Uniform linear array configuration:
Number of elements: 32
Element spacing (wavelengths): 0.5
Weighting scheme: exponential
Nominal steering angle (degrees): -30
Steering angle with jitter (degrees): -30.758
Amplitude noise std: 0.05
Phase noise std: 0.05

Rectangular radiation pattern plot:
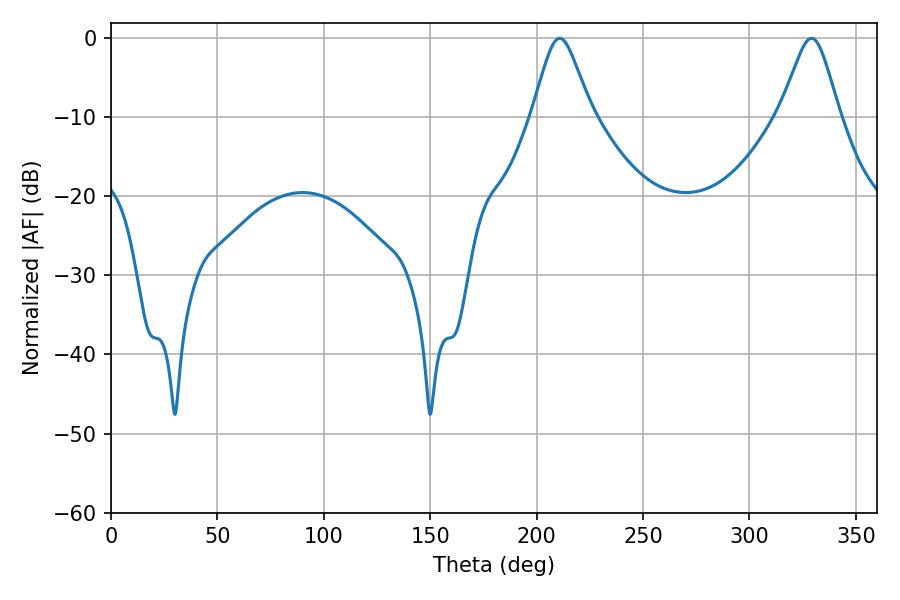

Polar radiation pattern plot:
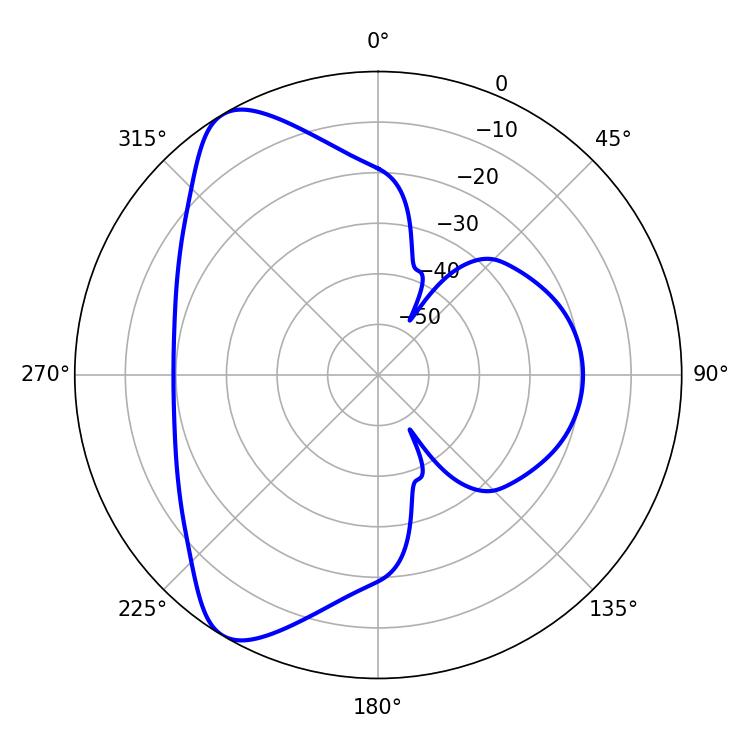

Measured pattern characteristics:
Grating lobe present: FALSE
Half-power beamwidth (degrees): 13.5
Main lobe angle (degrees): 210.78